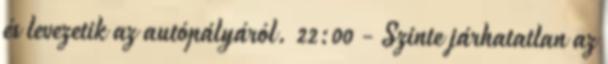
és levezetik az autópályáról. 22:00 - Szinte járhatatlan az